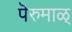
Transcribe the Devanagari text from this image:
पॆरुमाळ्